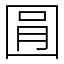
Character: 㘣